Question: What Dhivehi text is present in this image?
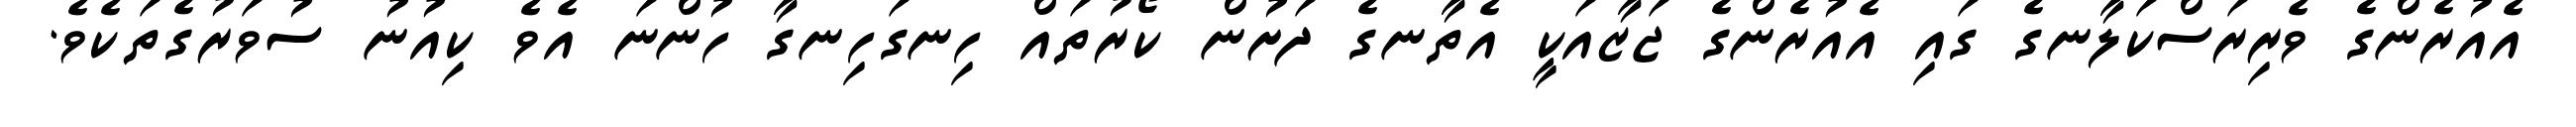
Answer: އެއުރެންގެ ވެރިރަސްކަލާނގެ ގައި އެއުރެންގެ ޖަޒާއަކީ އެތާނގެ ދަށުން ކޯރުތައް ހިނގަހިނގާ ހުންނަ އެވެ ކިއުނު ސުވަރުގެތަކެވެ.